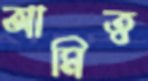
আমিত্ব